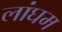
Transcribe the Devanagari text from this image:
लांघम